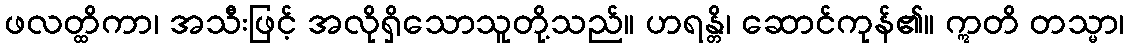
ဖလတ္ထိကာ၊ အသီးဖြင့် အလိုရှိသောသူတို့သည်။ ဟရန္တိ၊ ဆောင်ကုန်၏။ ဣတိ တသ္မာ၊